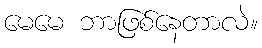
မေမေ ဘာဖြစ်နေတာလဲ။